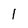
Character: l